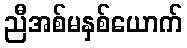
ညီအစ်မနှစ်ယောက်